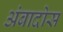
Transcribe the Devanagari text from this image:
अंबादोस